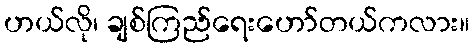
ဟယ်လို၊ ချစ်ကြည်ရေးဟော်တယ်ကလား။